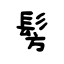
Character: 髣